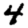
Digit: 4